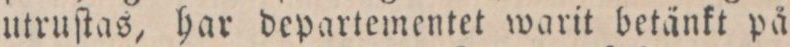
utruſtas, har departementet warit betänkt på